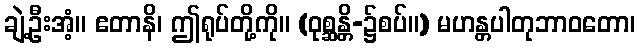
ချဲ့ဦးအံ့။ ဧတာနိ၊ ဤရုပ်တို့ကို။ (ဝုစ္ဆန္တိ-၌စပ်။) မဟန္တပါတုဘာဝတော၊